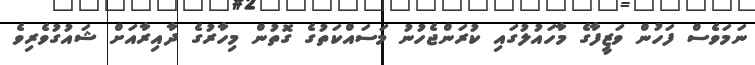
ނަމަވެސް ފަހުން ވަޒީފާގެ މާހައުލުގައި ކުރަންޖެހުނު މަސައްކަތުގެ ގޮތުން މިހާރުގެ ދާއިރާއަށް ޝައުގުވެރިވެ